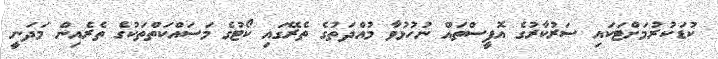
ކުޑަކުރުމަށްޓަކައި ސަރުކާރުގެ އޮފީސްތައް ނުހުޅުވާ މުއްދަތުގެ ތެރޭގައި ކޯޓުގެ މަސައްކަތްތަކުގެ ތެރެއިން މަދަނީ